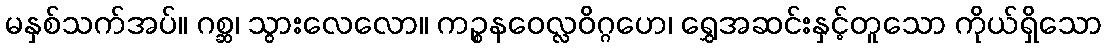
မနှစ်သက်အပ်။ ဂစ္ဆ၊ သွားလေလော။ ကဉ္စနဝေလ္လဝိဂ္ဂဟေ၊ ရွှေအဆင်းနှင့်တူသော ကိုယ်ရှိသော